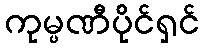
ကုမ္ပဏီပိုင်ရှင်